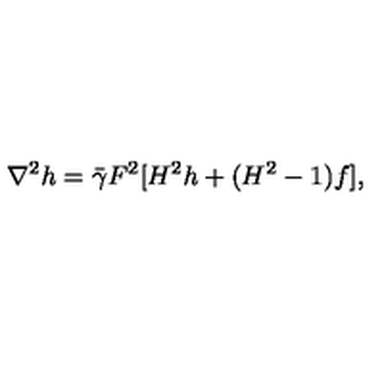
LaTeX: \nabla ^ { 2 } h = \bar { \gamma } F ^ { 2 } [ H ^ { 2 } h + ( H ^ { 2 } - 1 ) f ] ,